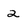
Character: 2